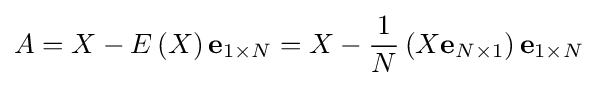
A=X-E\left(X\right)\mathbf {e} _{1\times N}=X-{\frac {1}{N}}\left(X\mathbf {e} _{N\times 1}\right)\mathbf {e} _{1\times N}